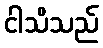
ငါသိသည်